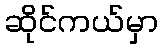
ဆိုင်ကယ်မှာ